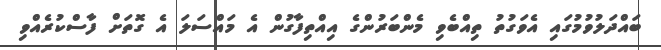
ބައްދަލުވުމުގައި އެވަގުތު ތިއްބެވި މެންބަރުންގެ އިއްތިފާގުން އެ މައްސަލަ އެ ގޮތަށް ފާސްކުރެއްވި